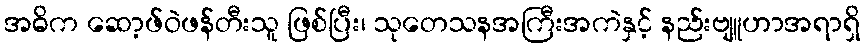
အဓိက ဆော့ဖ်ဝဲဖန်တီးသူ ဖြစ်ပြီး၊ သုတေသနအကြီးအကဲနှင့် နည်းဗျူဟာအရာရှိ